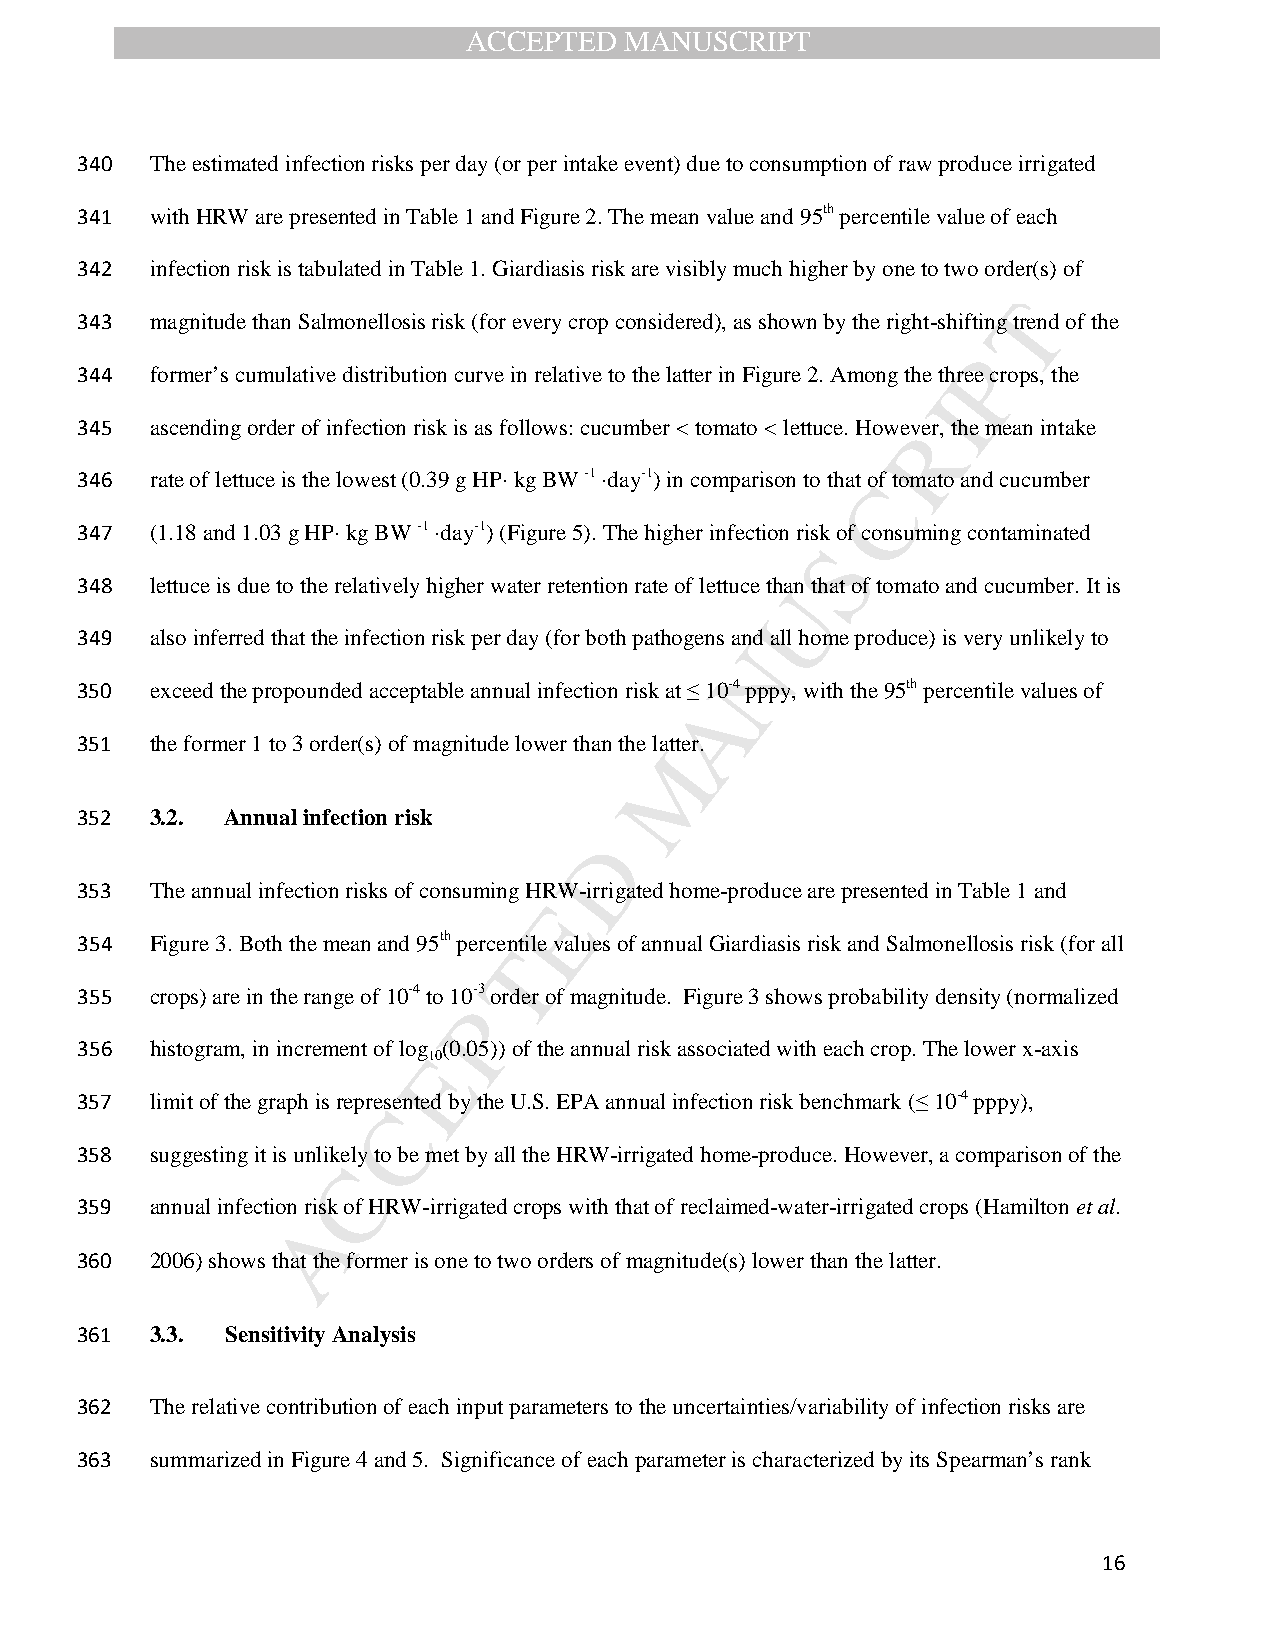
ACCEPTED  MANUSCRIPT
 340  The estimated infection risks per day (or per intake event) due to consumption of raw produce irrigated
 341  with HRW are presented in Table 1 and Figure 2. The mean value and 95th percentile value of each
 342  infection risk is tabulated in Table 1. Giardiasis risk are visibly much higher by one to two order(s) of
 T
 343  magnitude than Salmonellosis risk (for every crop considered), as shown by the right-shifting trend of the
 P
 344  former’s cumulative distribution curve in relative to the latter in Figure 2. Among the three crops, the
 I
 345  ascending order of infection risk is as follows: cucumber < tomato < lettuce. HowevRer, the mean intake
 346  rate of lettuce is the lowest (0.39 g HP· kg BW -1 ·day-1) in comparison to that Cof tomato and cucumber
 347  (1.18 and 1.03 g HP· kg BW -1 ·day-1) (Figure 5). The higher infection risk of consuming contaminated
 S
 348  lettuce is due to the relatively higher water retention rate of lettuce thaUn that of tomato and cucumber. It is
 349  also inferred that the infection risk per day (for both pathogens and all home produce) is very unlikely to
 N
 350  exceed the propounded acceptable annual infection risk at ≤ 10-4 pppy, with the 95th percentile values of
 A
 351  the former 1 to 3 order(s) of magnitude lower than the latter.
 M
 352  3.2. Annual infection risk
 D
 353  The annual infection risks of consuming HRW-irrigated home-produce are presented in Table 1 and
 E
 354  Figure 3. Both the mean and 95th percentile values of annual Giardiasis risk and Salmonellosis risk (for all
 T
 355  crops) are in the range of 10-4 to 10-3 order of magnitude. Figure 3 shows probability density (normalized
 P
 356  histogram, in increment of log (0.05)) of the annual risk associated with each crop. The lower x-axis
 E10
 357  limit of the graph is represented by the U.S. EPA annual infection risk benchmark (≤ 10-4 pppy),
 C
 358  suggesting it is unlikely to be met by all the HRW-irrigated home-produce. However, a comparison of the
 C
 359  annual infection risk of HRW-irrigated crops with that of reclaimed-water-irrigated crops (Hamilton et al.
 A
 360  2006) shows that the former is one to two orders of magnitude(s) lower than the latter.
 361  3.3. Sensitivity Analysis
 362  The relative contribution of each input parameters to the uncertainties/variability of infection risks are
 363  summarized in Figure 4 and 5. Significance of each parameter is characterized by its Spearman’s rank
 16